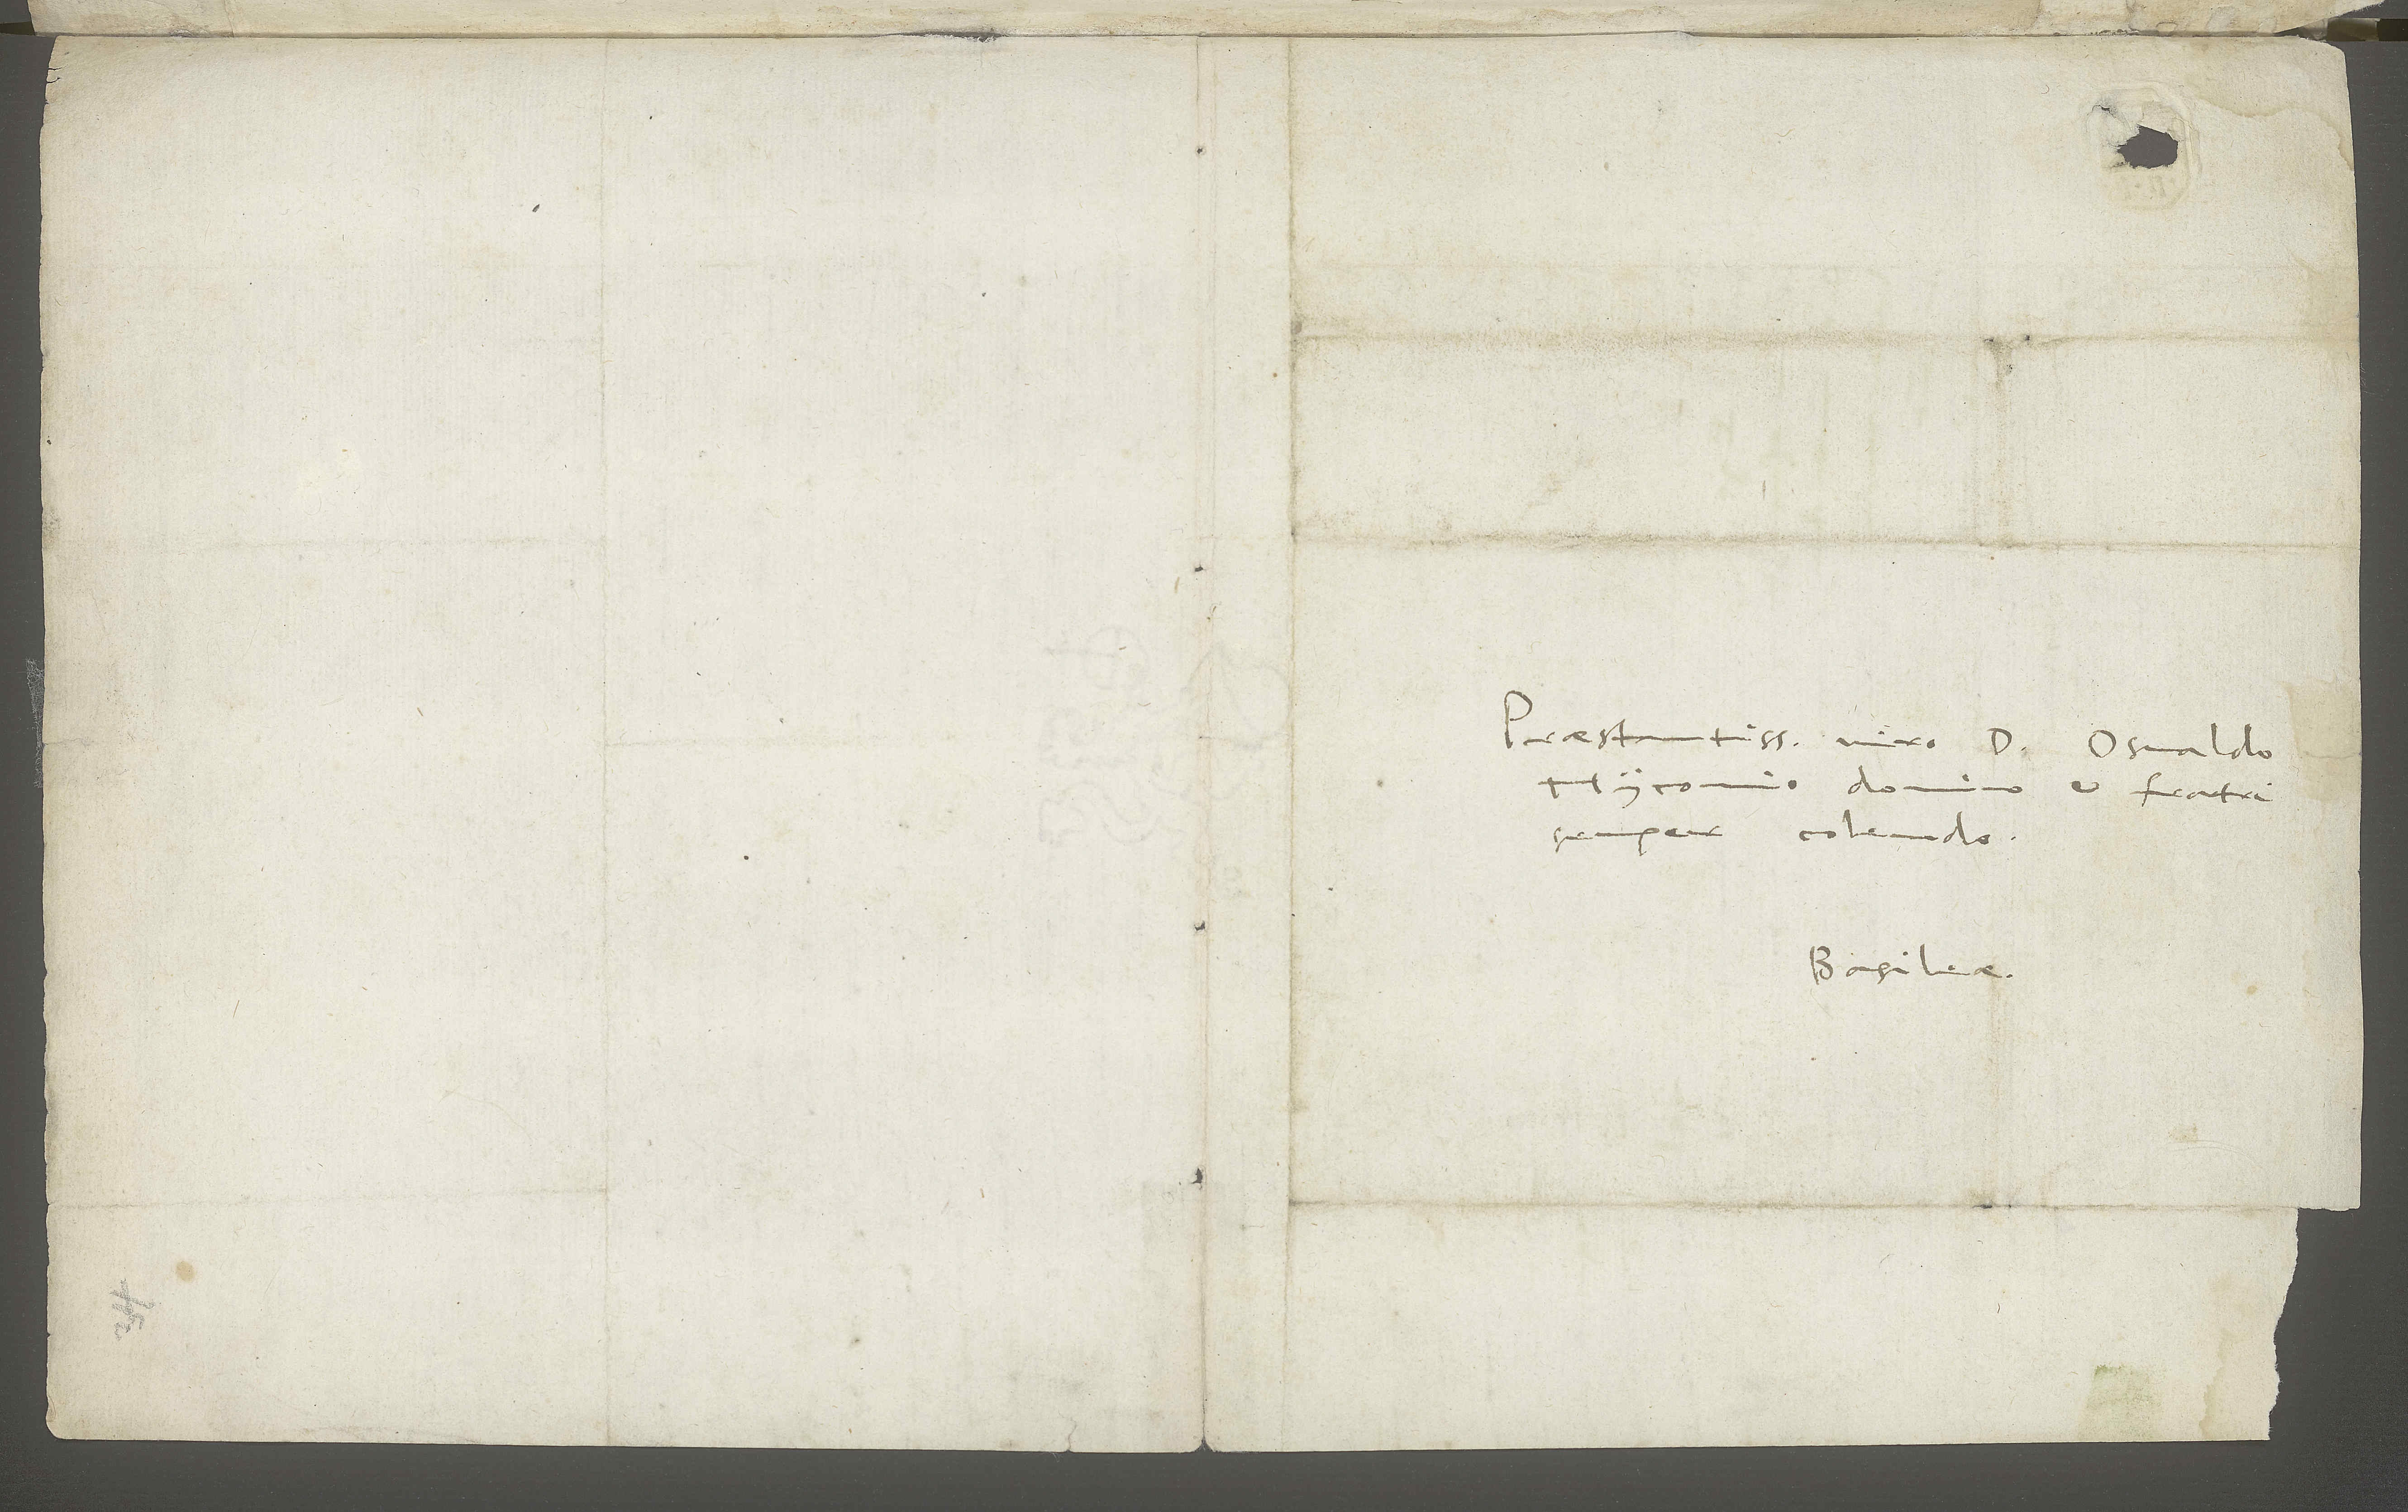
S.
Praestantissimo viro d. Osvaldo
Myconio, domino et fratri
semper colendo.
Basileae.